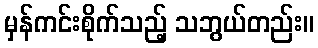
မှန်ကင်းစိုက်သည့် သဘွယ်တည်း။